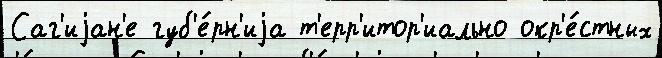
Саг'иjан'е губ'е́рн'иjа т'ерр'итор'иально окр'е́стных